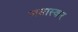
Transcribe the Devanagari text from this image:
जसास्कर